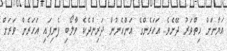
އަޔާނަށް ހިތްވަރު ދޭށެވެ. އަހަރެންގެ އަންހެނުން ދަރިންދެކެ ވާލޯބި ފެނިފައި އަހަރެން ވަރަށް